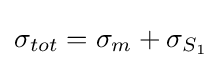
\sigma _{tot}=\sigma _{m}+\sigma _{S_{1}}